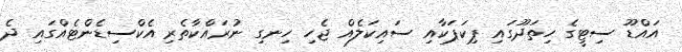
އައްޑޫ ސިޓީގެ ހިތަދޫގައި ޕިކަޕަކާއި ސައިކަލެއް ޖެހި ހިނގި ނުރައްކާތެރި އެކްސިޑެންޓެއްގައި ދެ